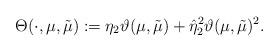
LaTeX: \begin{align*}\Theta(\cdot,\mu,\tilde{\mu}):= \eta_{2}\vartheta(\mu,\tilde{\mu}) + \hat{\eta}_{2}^{2}\vartheta(\mu,\tilde{\mu})^{2}.\end{align*}